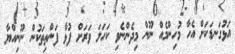
އަޅުގަނޑަކަށް އެހާ މުހިންމެއް ނޫން މިދެންނެވި ކަހަލަ ވަރަށް ފުޅާ ފަންތިތަކުން ނޫނިއްޔާ